Reports on dispensaries and lunatic asylums in the Province of Oudh - 1869-1876
Year: 1869
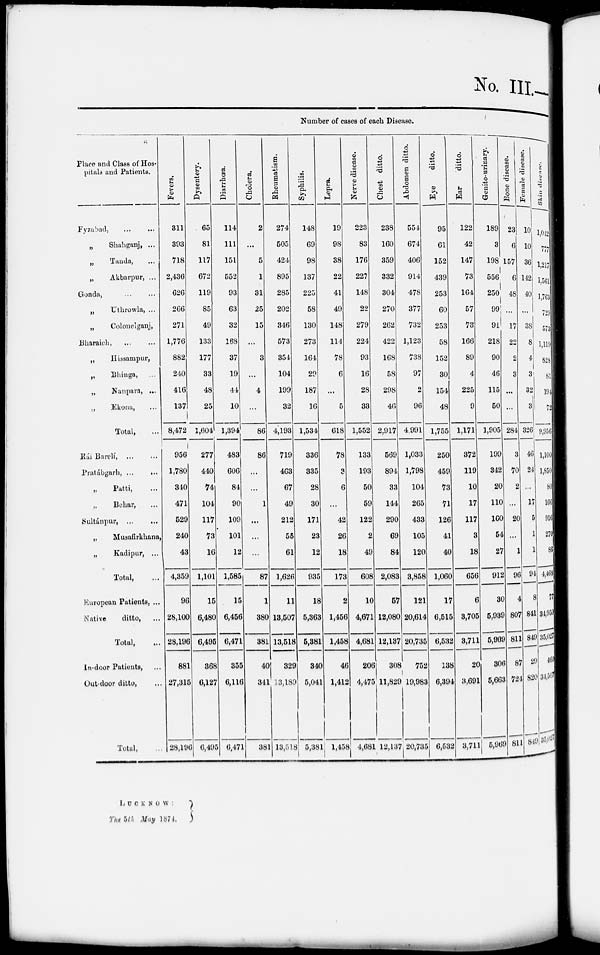
No. III.—
Place and Class of Hos-
pitals and Patients.
Fyzabad,
...
...
„
Shahganj, ...
„
Tanda,
„
Akbarpur, ...
Gonda, ... ...
„
Uthrowla, ...
„
Colonelganj,
Bharaich,
...
...
„
Hissampur,
„
Bhinga, ...
„
Nanpara, ...
„
Ekona,
Total, ...
Rái
Barelí,...
...
Pratábgarh, ... ...
„ Patti, ...
„
Behar, ...
Sultánpur
...
..
„
Musafirkhana,
„
Kadipur, ...
Total,
European Patients, ...
Native
ditto,
Total,
In-door Patients,
Outdoor ditto,
Total, ...
Number of cases of each Disease.
Fevers.
311
393
718
2,436
626
266
271
1,776
882
240
416
137
8,472
956
1,780
340
471
529
240
43
4,359
96
28,100
28,196
881
27,315
28,196
Dysentery.
65
81
117
672
119
85
49
133
177
33
48
25
1,604
277
440
74
104
117
73
16
1,101
15
6,480
6,495
368
6,127
6,495
Diarrhœa.
114
111
151
552
93
63
32
168
37
19
44
10
1,394
483
606
84
90
109
101
12
1,585
15
6,456
6,471
355
6,116
6,471
Cholera.
2
...
5
1
31
25
15
...
3
...
4
...
86
86
...
...
1
...
...
...
87
1
380
381
40
341
381
Rheumatism.
274
505
424
895
285
202
346
573
354
104
199
32
4,193
719
463
67
49
212
55
61
1,626
11
13,507
13,518
329
13,189
13,518
Syphilis.
148
69
98
137
225
58
130
273
164
29
187
16
1,534
336
335
28
30
171
23
12
935
18
5,363
5,381
340
5,041
5,381
Lepra.
19
98
38
22
41
49
148
114
78
6
...
5
618
78
3
6
...
42
26
18
173
2
1,456
1,458
46
1,412
1,458
Nerve disease.
223
83
176
227
148
22
279
224
93
16
28
33
1,552
133
193
50
59
122
2
49
608
10
4,671
4,681
206
4,475
4,681
Chest ditto.
238
160
359
332
304
270
262
422
168
58
298
46
2,917
569
894
33
144
290
69
84
2,083
57
12,080
12,137
308
11,82
12,137
Abdomen ditto.
554
674
406
914
478
377
732
1,123
738
97
2
96
4,991
1,033
1,798
104
265
433
105
120
3,858
121
20,614
20,735
752
19,983
20,735
Eye
ditto.
95
61
152
439
253
60
253
58
152
30
154
48
1,755
250
459
73
71
126
41
40
1,060
17
6,515
6,532
138
6,394
6,532
Ear
ditto.
122
42
147
73
164
57
73
166
89
4
225
9
1,171
372
119
10
17
117
3
18
656
6
3,705
3,711
20
3,691
3,711
Genito-urinary.
189
3
198
556
250
99
91
218
90
46
115
50
1,905
199
342
20
110
160
54
27
912
30
5,939
5,969
306
5,663
5,969
Bone disease.
23
6
157
6
48
...
17
22
2
3
...
...
284
3
70
2
...
20
...
1
96
4
807
811
87
724
811
Female disease.
10
10
36
142
40
...
38
8
4
3'
32
3
326
46
24
...
17
5
1
1
94
8
841
849
29
820
849
Skin disease.
1,042
777
1,217
1,561
1,763
729
573
1,119
828
81
194
72
9,956
1,100
1,850
80
166
916
270
86
4,468
77
34,950
35,027
460
34,567
35,027
L U C K N O W :
Tue 5th May 1874.